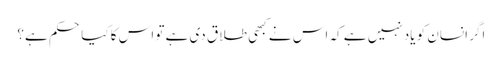
اگر انسان کو یاد نہیں ہے کہ اس نے کبھی طلاق دی ہے تو اس کا کیا حکم ہے؟